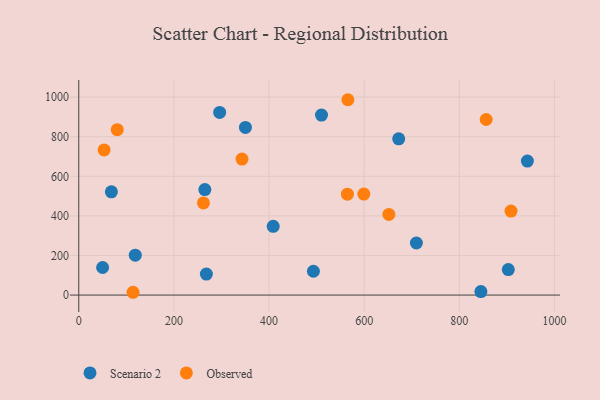
{"axis": {"x": "Investment", "y": "Sales"}, "legend": ["Observed", "Scenario 2"], "data": [{"x": "268.3", "y": 106.2, "type": "Scenario 2"}, {"x": "845.4", "y": 17.6, "type": "Scenario 2"}, {"x": "50.2", "y": 139.4, "type": "Scenario 2"}, {"x": "672.6", "y": 789.5, "type": "Scenario 2"}, {"x": "68.6", "y": 521.7, "type": "Scenario 2"}, {"x": "510.3", "y": 909.3, "type": "Scenario 2"}, {"x": "296.2", "y": 922.9, "type": "Scenario 2"}, {"x": "493.3", "y": 120.4, "type": "Scenario 2"}, {"x": "350.4", "y": 847.2, "type": "Scenario 2"}, {"x": "408.8", "y": 347.1, "type": "Scenario 2"}, {"x": "903.0", "y": 128.7, "type": "Scenario 2"}, {"x": "943.1", "y": 677.1, "type": "Scenario 2"}, {"x": "265.1", "y": 532.8, "type": "Scenario 2"}, {"x": "118.8", "y": 201.7, "type": "Scenario 2"}, {"x": "709.8", "y": 263.1, "type": "Scenario 2"}, {"x": "651.9", "y": 407.4, "type": "Observed"}, {"x": "114.1", "y": 14.1, "type": "Observed"}, {"x": "599.3", "y": 510.4, "type": "Observed"}, {"x": "343.2", "y": 686.9, "type": "Observed"}, {"x": "262.1", "y": 465.8, "type": "Observed"}, {"x": "908.7", "y": 424.4, "type": "Observed"}, {"x": "856.5", "y": 887.0, "type": "Observed"}, {"x": "565.8", "y": 987.0, "type": "Observed"}, {"x": "80.9", "y": 835.9, "type": "Observed"}, {"x": "53.3", "y": 733.4, "type": "Observed"}, {"x": "564.8", "y": 510.0, "type": "Observed"}]}